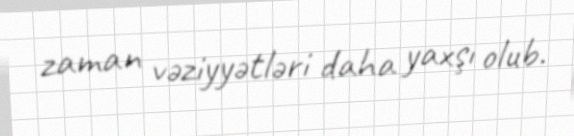
zaman vəziyyətləri daha yaxşı olub.